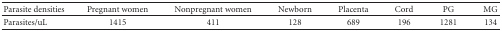
<table><thead><tr><td><b>Parasite densities</b></td><td><b>Pregnant women</b></td><td><b>Nonpregnant women</b></td><td><b>Newborn</b></td><td><b>Placenta</b></td><td><b>Cord</b></td><td><b>PG</b></td><td><b>MG</b></td></tr></thead><tbody><tr><td>Parasites/uL</td><td>1415</td><td>411</td><td>128</td><td>689</td><td>196</td><td>1281</td><td>134</td></tr></tbody></table>